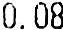
0.08